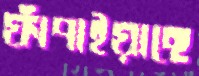
ফাঁপাইয়াছে